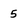
Character: 5